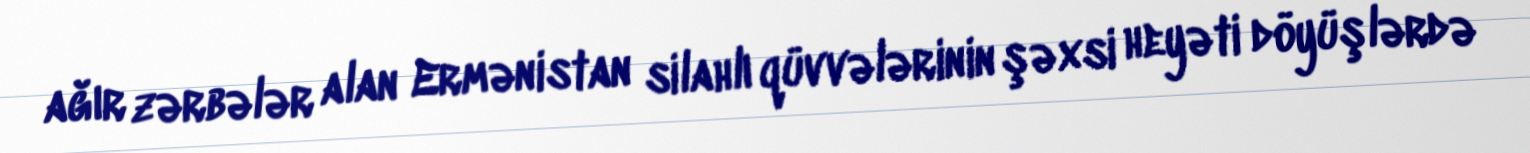
ağır zərbələr alan Ermənistan silahlı qüvvələrinin şəxsi heyəti döyüşlərdə